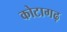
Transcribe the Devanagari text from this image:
कोटागढ़